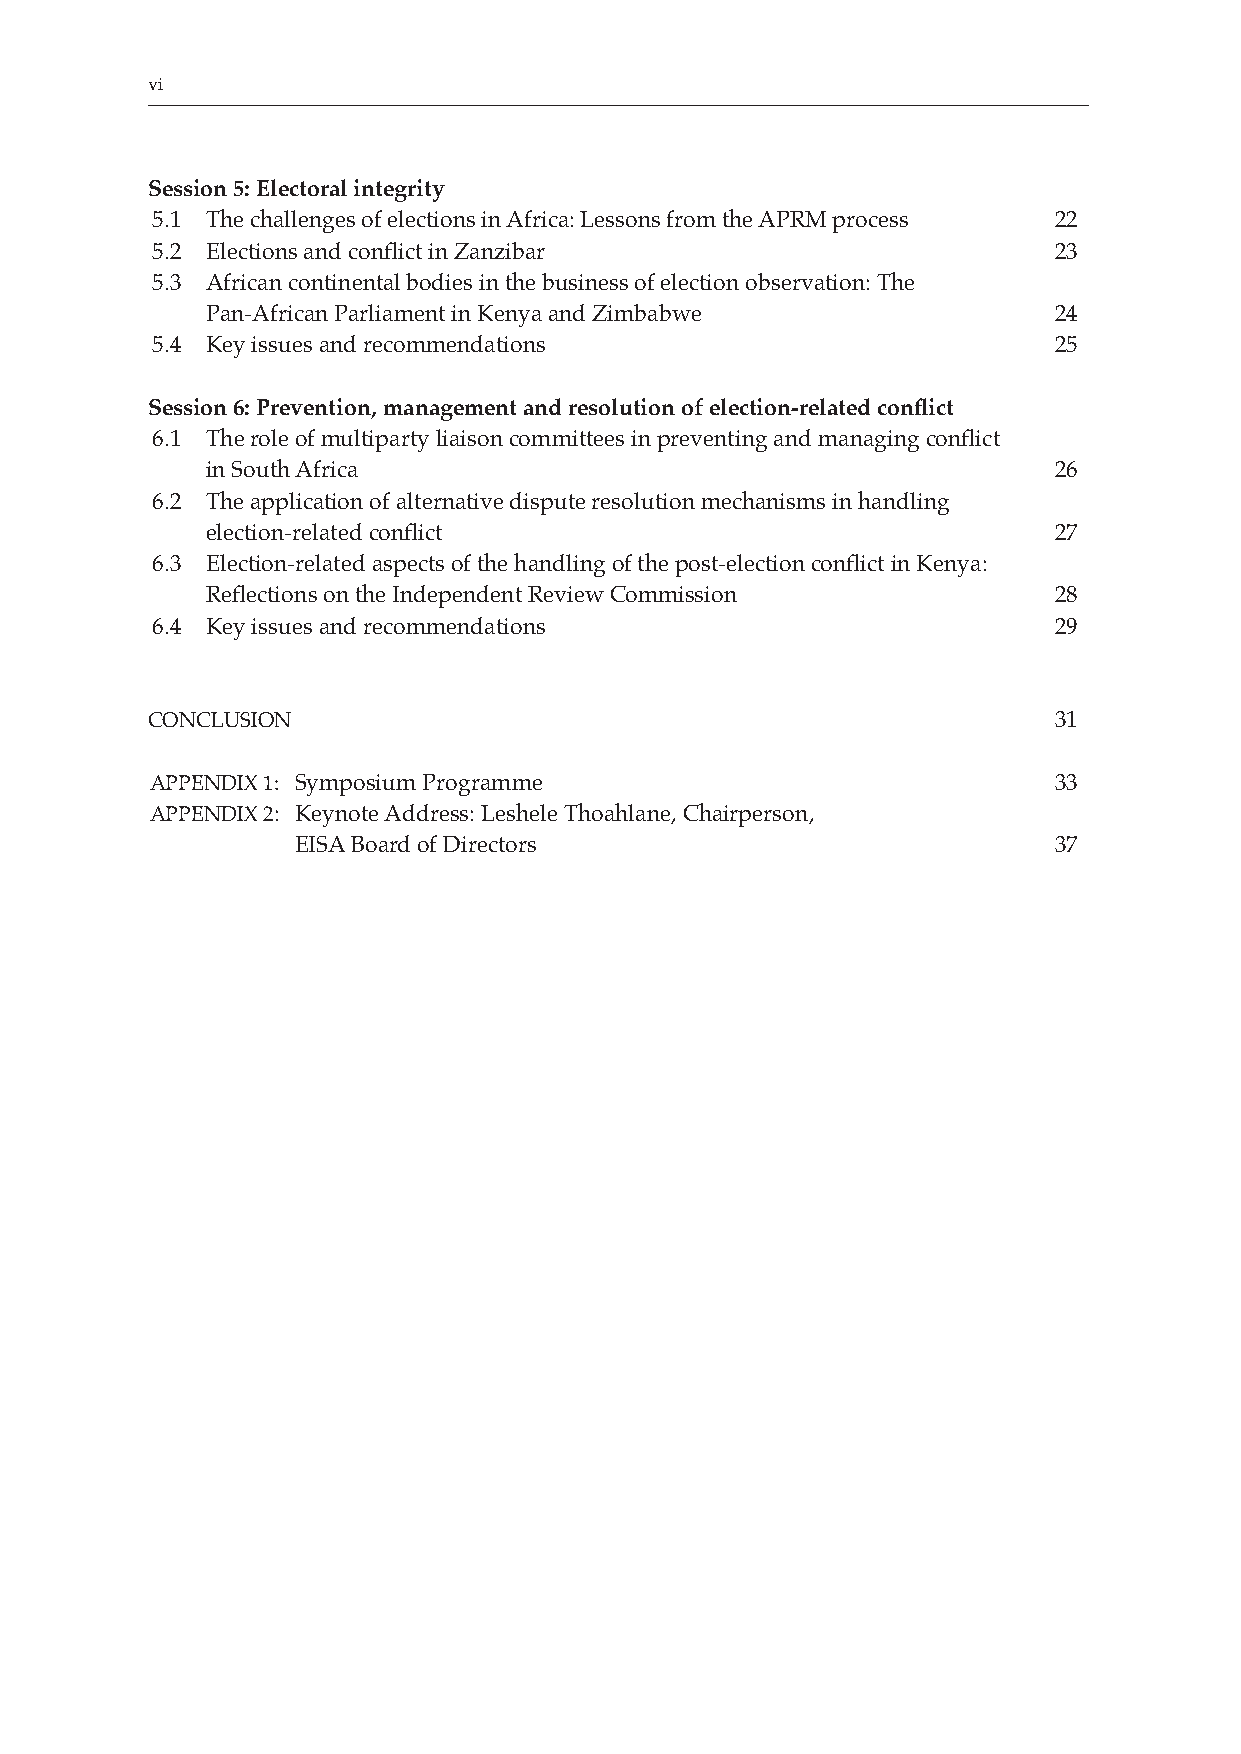
vi
 Session 5: Electoral integrity
 5.1 The challenges of elections in Africa: Lessons from the APRM process 22
 5.2 Elections and conflict in Zanzibar                      23
 5.3 African continental bodies in the business of election observation: The
 Pan-African Parliament in Kenya and Zimbabwe            24
 5.4 Key issues and recommendations                          25
 Session 6: Prevention, management and resolution of election-related conflict
 6.1 The role of multiparty liaison committees in preventing and managing conflict
 in South Africa                                         26
 6.2 The application of alternative dispute resolution mechanisms in handling
 election-related conflict                               27
 6.3 Election-related aspects of the handling of the post-election conflict in Kenya:
 Reflections on the Independent Review Commission        28
 6.4 Key issues and recommendations                          29
 CONCLUSION                                                  31
 APPENDIX 1: Symposium Programme                             33
 APPENDIX 2: Keynote Address: Leshele Thoahlane, Chairperson,
 EISA Board of Directors                           37